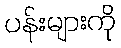
ပန်းများကို